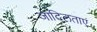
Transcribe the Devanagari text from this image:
जाटिलताएं